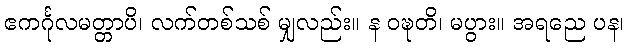
ဧကင်္ဂုလမတ္တာပိ၊ လက်တစ်သစ် မျှလည်း။ န ဝဍ္ဎတိ၊ မပွား။ အရညေ ပန၊